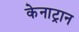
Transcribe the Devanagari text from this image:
केनाट्रान